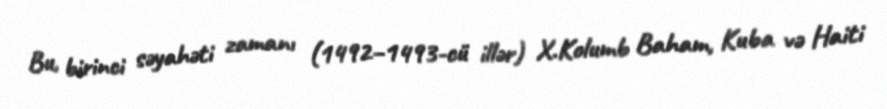
Bu, birinci səyahəti zamanı (1492–1493-cü illər) X.Kolumb Baham, Kuba və Haiti